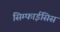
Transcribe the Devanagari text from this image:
सिम्फाईसिस